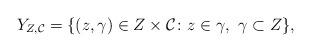
LaTeX: \begin{align*} Y_{Z,\mathcal{C}}=\{(z,\gamma)\in Z\times\mathcal{C}\colon z\in\gamma,\ \gamma\subset Z\},\end{align*}